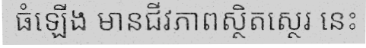
ធំឡើង មានជីវភាពស្ថិតស្ថេរ នេះ